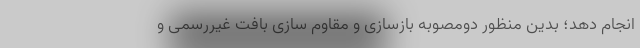
انجام دهد؛ بدین منظور دومصوبه بازسازی و مقاوم سازی بافت غیررسمی و